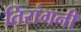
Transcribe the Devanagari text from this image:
तिरांगनी